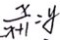
\frac { x } { x + 1 } = y